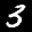
Label: 3